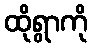
ထိုရွာကို